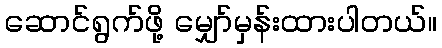
ဆောင်ရွက်ဖို့ မျှော်မှန်းထားပါတယ်။